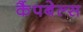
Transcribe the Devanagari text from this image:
कैंपबेल्स